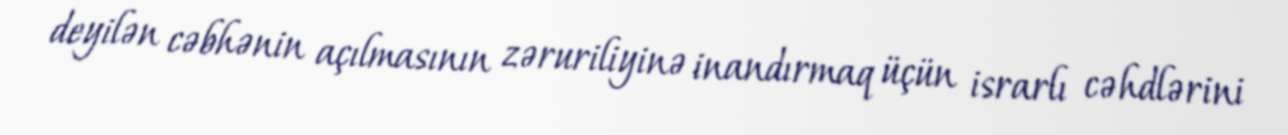
deyilən cəbhənin açılmasının zəruriliyinə inandırmaq üçün israrlı cəhdlərini